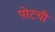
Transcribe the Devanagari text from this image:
पोटची